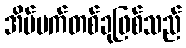
အိပ်မက်တစ်ခုဖြစ်သည်